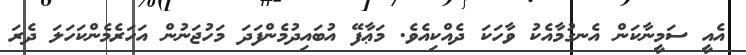
އެއީ ސަމީނާކަން އެނގުމާއެކު ވާހަކަ ދެއްކިއެވެ. މަޢާފޭ އުބައިދުމެންފަދަ މަހުޖަނުން އަހަރެމެންކަހަލަ ދެރަ